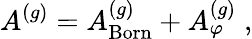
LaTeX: A^{(g)}=A_{\mathrm{Born}}^{(g)}+A_{\varphi}^{(g)}\; ,